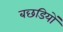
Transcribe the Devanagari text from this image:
बछडियों